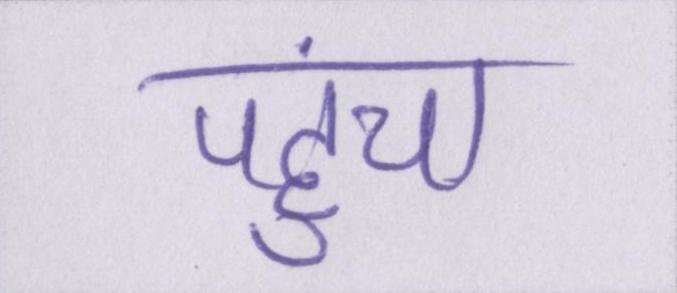
पहुंचा